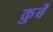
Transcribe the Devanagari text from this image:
कुर्बे